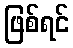
ဖြစ်ရင်